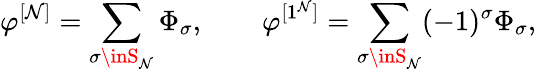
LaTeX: \varphi^{[\mathcal{N}]}=\sum_{\sigma\inS_{\mathcal{N}}}\Phi_{\sigma},\qquad\varphi^{[1^{\mathcal{N}}]}=\sum_{\sigma\inS_{\mathcal{N}}}(-1)^{\sigma}\Phi_{\sigma},